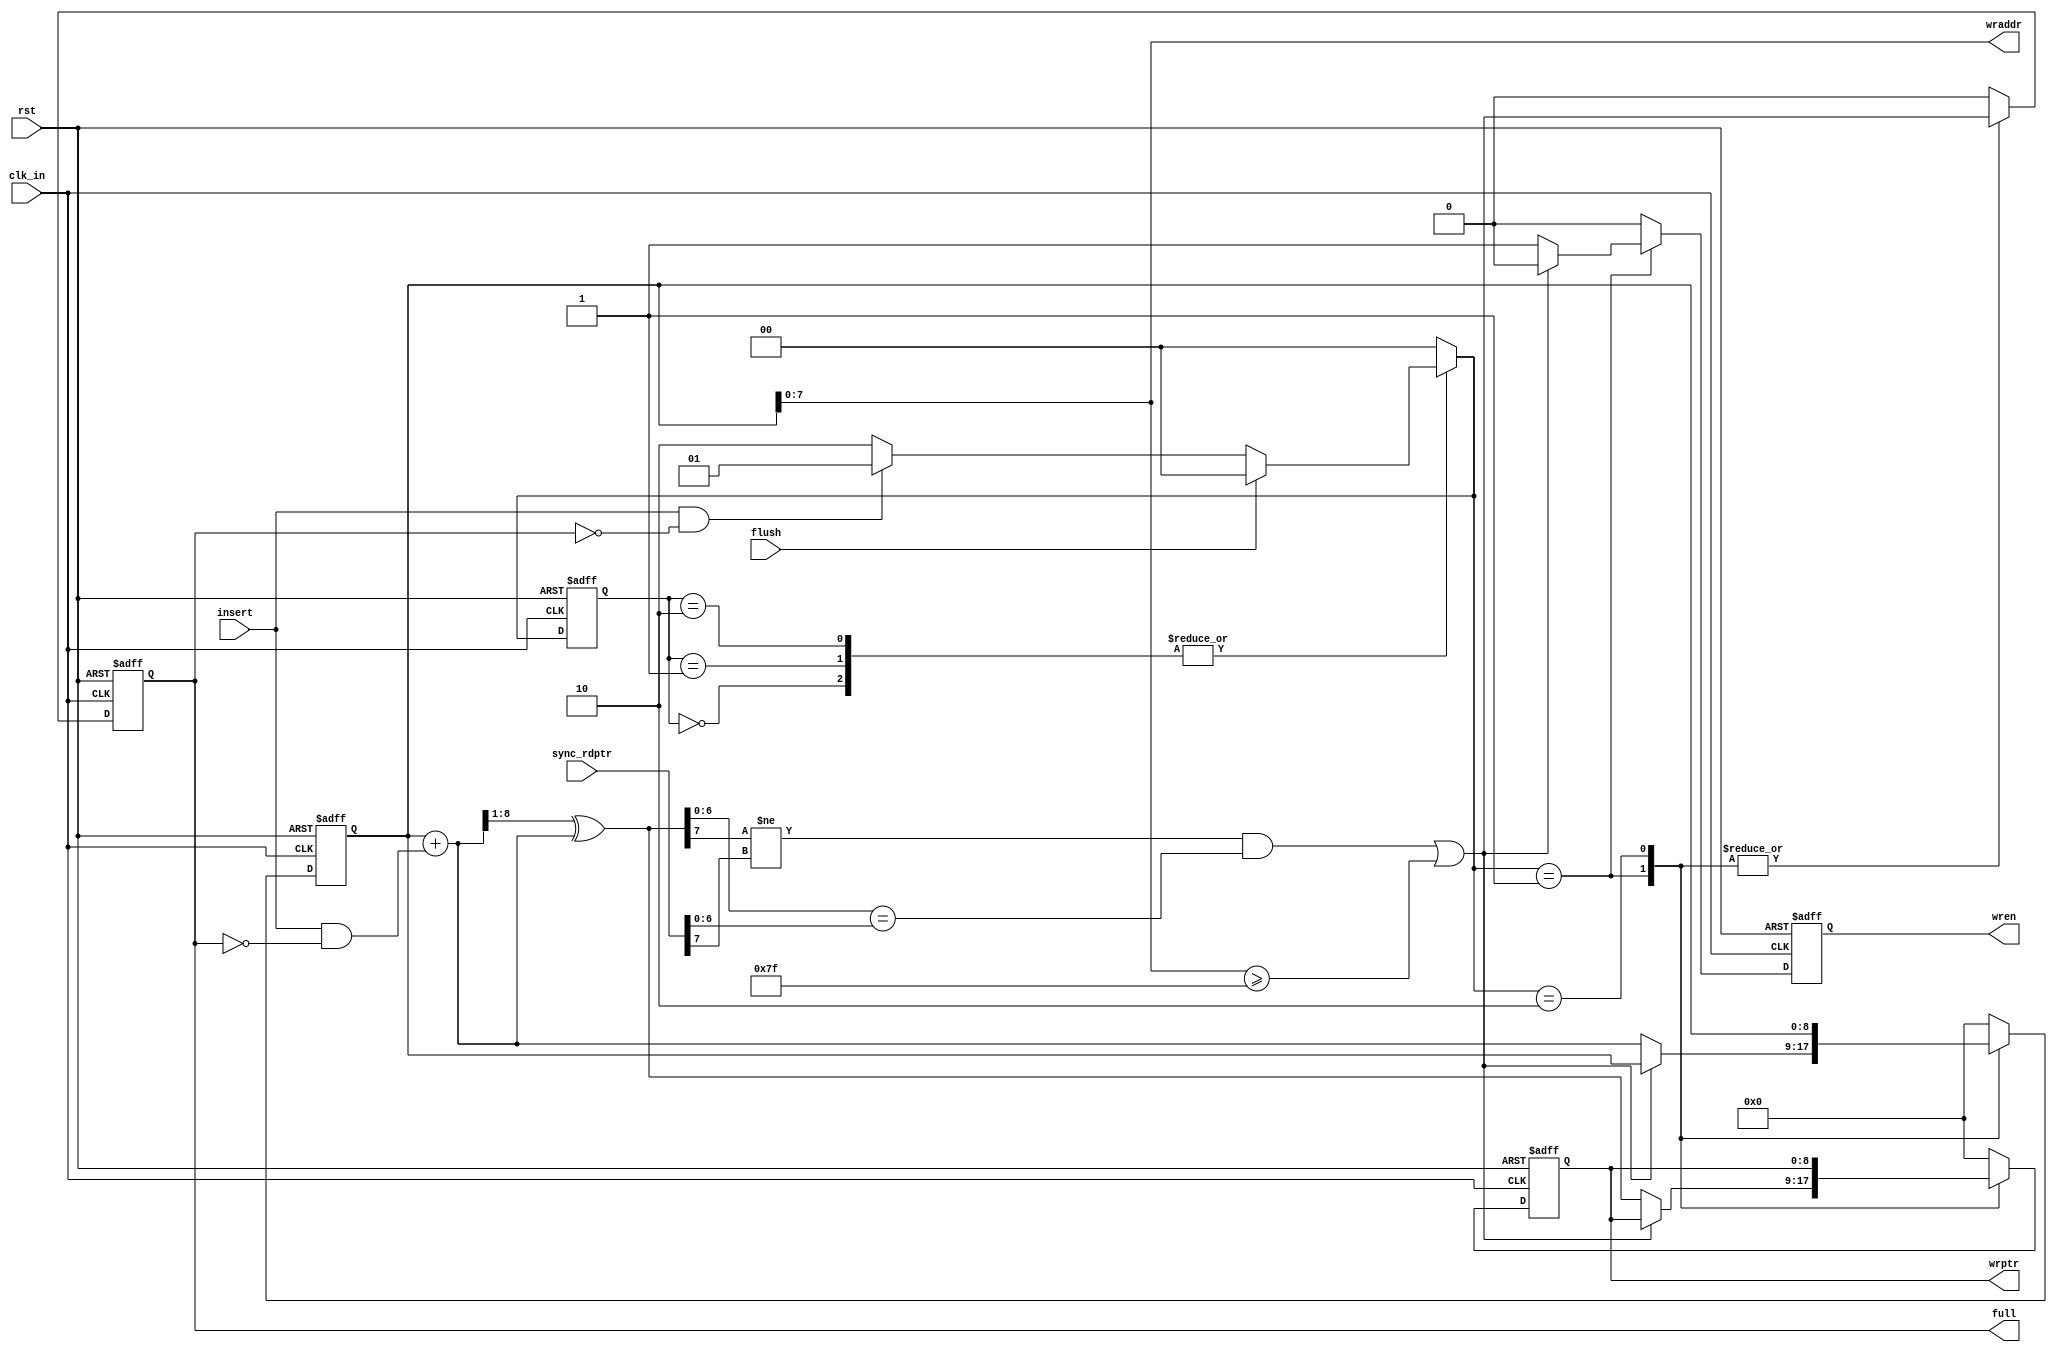
module WFSM #(parameter addrbits = 8, depth= 128)
             (output reg                   full,wren,
              output     [addrbits-1:0] wraddr,
              output reg [addrbits  :0] wrptr,
              input      [addrbits  :0] sync_rdptr,
              input insert, flush, clk_in, rst);

reg [1:0] current_state, next_state;
reg  [addrbits:0] wbin;
wire [addrbits:0] wgraynext, wbinnext;
wire full_val;
//States are binary encoded 
localparam RESET = 2'b00, 
           INSERT= 2'b01, 
           IDEAL = 2'b10; 
        

assign wraddr = wbin[addrbits-1:0];
assign wbinnext  = wbin + (insert & ~full);
assign wgraynext = (wbinnext>>1) ^ wbinnext;
assign full_val  = (((wgraynext[addrbits-1]  !=sync_rdptr[addrbits-1]) &&
                   (wgraynext[addrbits-2:0]==sync_rdptr[addrbits-2:0]))||
                   (wbin[addrbits-1:0] >= depth[addrbits-1:0]-1)); 
 
always @(posedge clk_in , negedge rst)
begin
    if(!rst)
     begin
        current_state <= RESET; // non- blocking procedural assignment
        full <= 1'b0;
        wbin <= 0;   
        wrptr <= 0;
        wren <= 0;  
      end    
    else
      begin
        current_state <= next_state;
        case(next_state)
             RESET : begin
                       wren <= 0;
                       full  <= 0;
                       wbin <= 0;  
                       wrptr <= 0; 
                     end
             INSERT: begin
                       full <= full_val;
                       if(!full_val)
                       begin
                       wren <= 1;                
                       {wbin, wrptr} <= {wbinnext, wgraynext};
                       end
                       else
                       begin
                       wren <= 0;
                       {wbin, wrptr} <= {wbin, wrptr};
                       end
                     end
             IDEAL : begin
                       wren <= 0;
                       full <= full_val;
                     end             
            default: begin         
                     full  <= 1'b0;
                      wbin  <= 0;   
                      wrptr <= 0;
                      wren <= 0;
                     end
        endcase
      end   
end

always@(*)
begin
  next_state = RESET;
  case (current_state)
  RESET : begin
          if (flush)
            next_state = RESET;  // blocking procedural assignment
          else if (insert && !full)     
            next_state = INSERT;
          else
            next_state = IDEAL;   
          end

  INSERT : begin
           if (flush)
              next_state = RESET; 
           else if (insert && !full)
              next_state = INSERT;
           else
              next_state = IDEAL;   
           end

  IDEAL : begin
           if (flush)
              next_state = RESET;  
          else if (insert && !full)
              next_state = INSERT;
          else
              next_state = IDEAL;               
          end
    default: next_state = RESET;  
  endcase 
end

endmodule